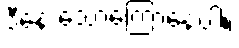
ဒီနေ့ သောကြောနေ့ပါ။